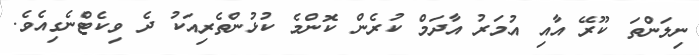
ނިލަންތަ ކޫރޭ އާއި އުމަރު އާދަމް ކުރެން ކޮންމެ ކުޅުންތެރިއަކު ދެ ވިކެޓްނެގިއެވެ.